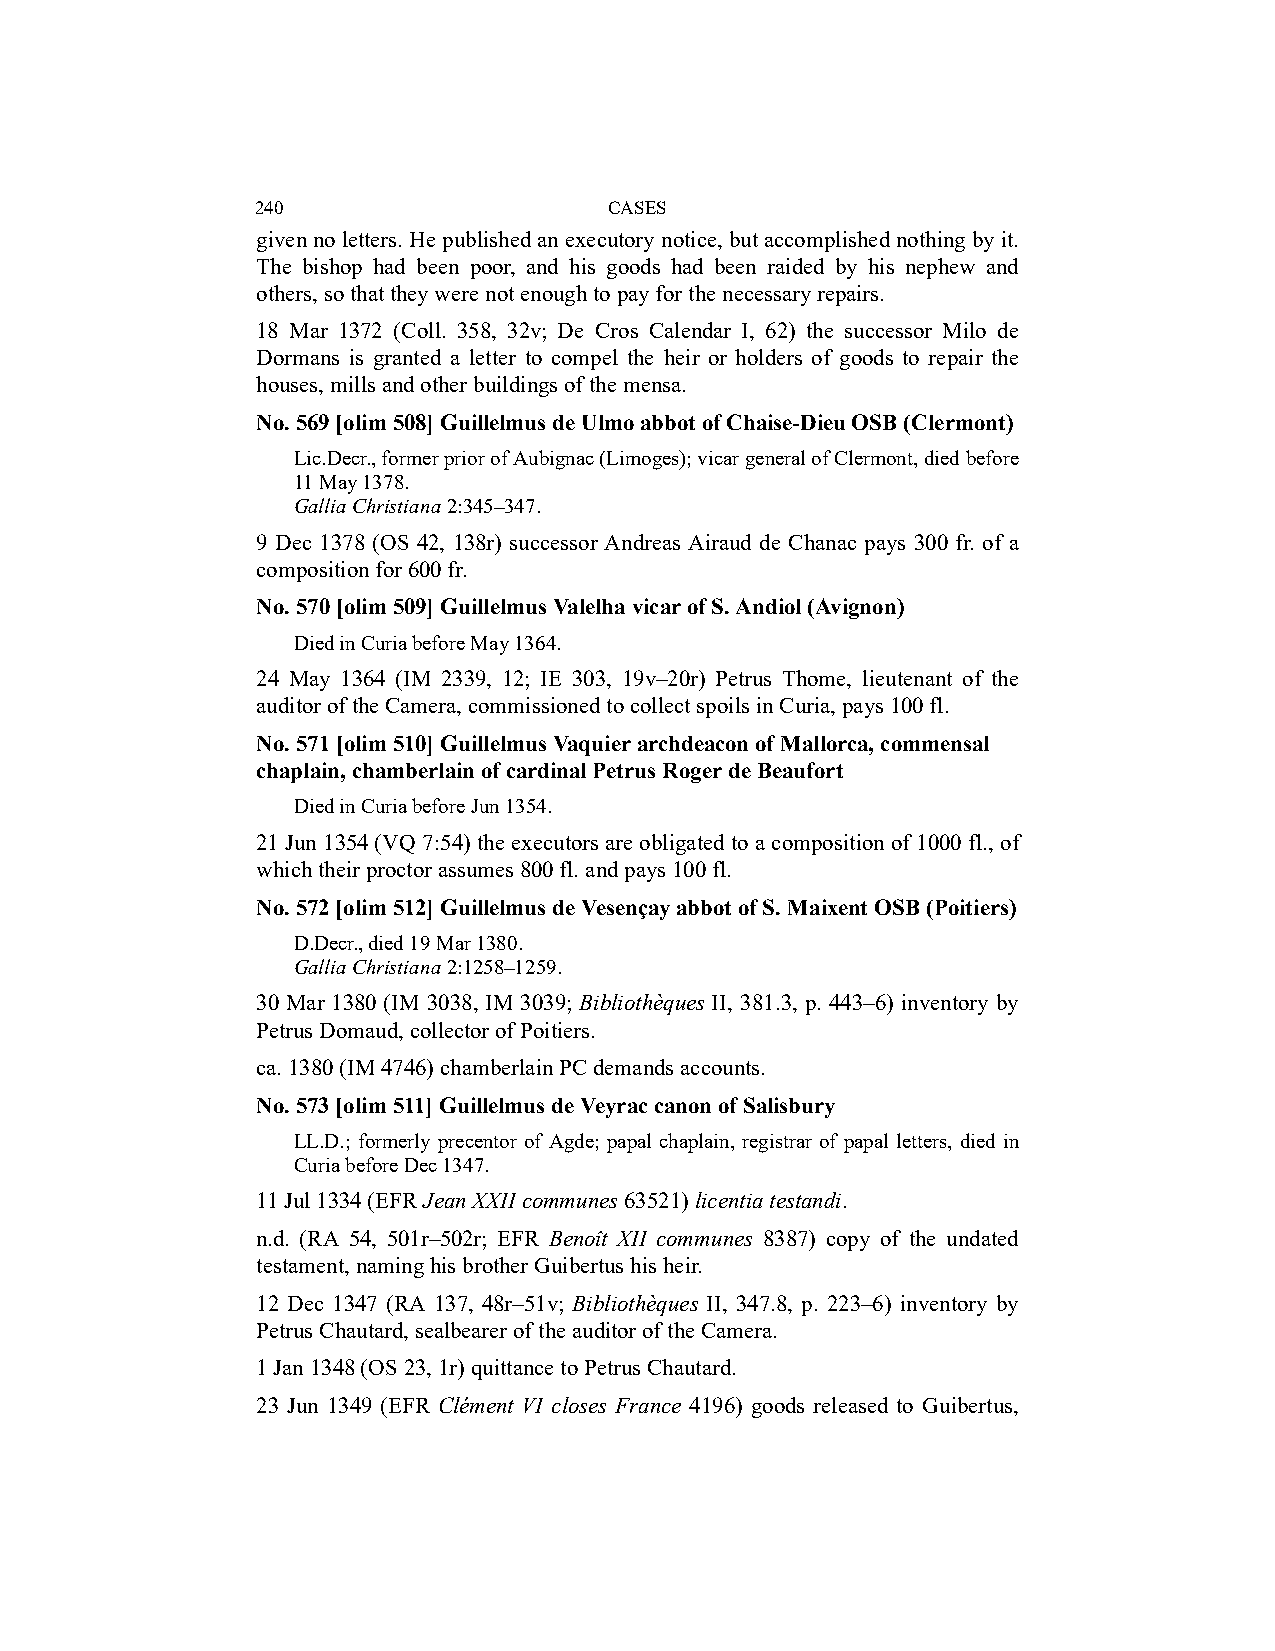
240                    CASES
 given no letters. He published an executory notice, but accomplished nothing by it.
 The bishop had been poor, and his goods had been raided by his nephew and
 others, so that they were not enough to pay for the necessary repairs.
 18 Mar 1372 (Coll. 358, 32v; De Cros Calendar I, 62) the successor Milo de
 Dormans is granted a letter to compel the heir or holders of goods to repair the
 houses, mills and other buildings of the mensa.
 No. 569 [olim 508] Guillelmus de Ulmo abbot of Chaise-Dieu OSB (Clermont)
 Lic.Decr., former prior of Aubignac (Limoges); vicar general of Clermont, died before
 11 May 1378.
 Gallia Christiana 2:345–347.
 9 Dec 1378 (OS 42, 138r) successor Andreas Airaud de Chanac pays 300 fr. of a
 composition for 600 fr.
 No. 570 [olim 509] Guillelmus Valelha vicar of S. Andiol (Avignon)
 Died in Curia before May 1364.
 24 May 1364 (IM 2339, 12; IE 303, 19v–20r) Petrus Thome, lieutenant of the
 auditor of the Camera, commissioned to collect spoils in Curia, pays 100 fl.
 No. 571 [olim 510] Guillelmus Vaquier archdeacon of Mallorca, commensal
 chaplain, chamberlain of cardinal Petrus Roger de Beaufort
 Died in Curia before Jun 1354.
 21 Jun 1354 (VQ 7:54) the executors are obligated to a composition of 1000 fl., of
 which their proctor assumes 800 fl. and pays 100 fl.
 No. 572 [olim 512] Guillelmus de Vesençay abbot of S. Maixent OSB (Poitiers)
 D.Decr., died 19 Mar 1380.
 Gallia Christiana 2:1258–1259.
 30 Mar 1380 (IM 3038, IM 3039; Bibliothèques II, 381.3, p. 443–6) inventory by
 Petrus Domaud, collector of Poitiers.
 ca. 1380 (IM 4746) chamberlain PC demands accounts.
 No. 573 [olim 511] Guillelmus de Veyrac canon of Salisbury
 LL.D.; formerly precentor of Agde; papal chaplain, registrar of papal letters, died in
 Curia before Dec 1347.
 11 Jul 1334 (EFR Jean XXII communes 63521) licentia testandi.
 n.d. (RA 54, 501r–502r; EFR Benoît XII communes 8387) copy of the undated
 testament, naming his brother Guibertus his heir.
 12 Dec 1347 (RA 137, 48r–51v; Bibliothèques II, 347.8, p. 223–6) inventory by
 Petrus Chautard, sealbearer of the auditor of the Camera.
 1 Jan 1348 (OS 23, 1r) quittance to Petrus Chautard.
 23 Jun 1349 (EFR Clément VI closes France 4196) goods released to Guibertus,